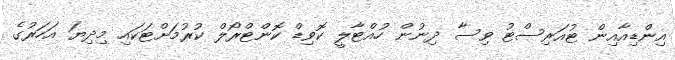
އިންޑިއާއިން ޓުއަރިސްޓު ވިސާ ދިނުން ހުއްޓާލީ ކޮވިޑް ކޮންޓްރޯލް ކުރުމަށްޓަކައި މިދިޔަ އަހަރުގެ